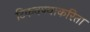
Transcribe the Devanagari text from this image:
टिकवण्याकरिता